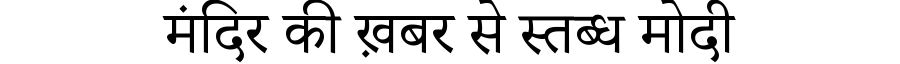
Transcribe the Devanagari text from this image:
मंदिर की ख़बर से स्तब्ध मोदी